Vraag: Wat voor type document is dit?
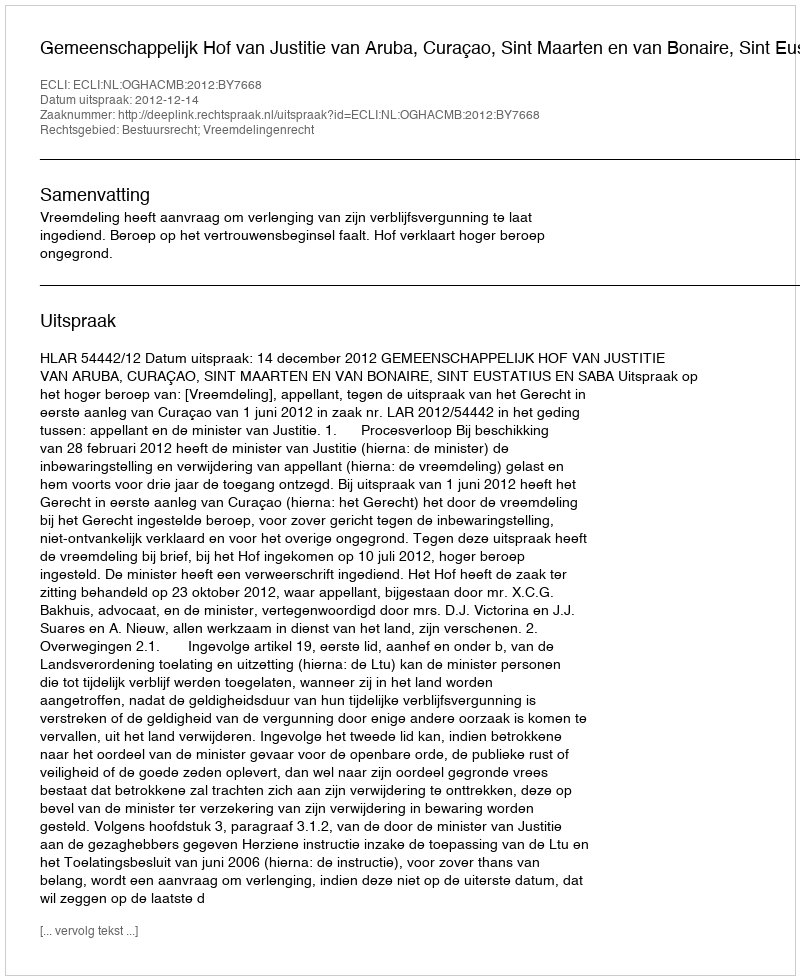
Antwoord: Uitspraak